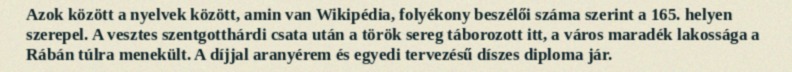
Azok között a nyelvek között, amin van Wikipédia, folyékony beszélői száma szerint a 165. helyen szerepel. A vesztes szentgotthárdi csata után a török sereg táborozott itt, a város maradék lakossága a Rábán túlra menekült. A díjjal aranyérem és egyedi tervezésű díszes diploma jár.